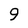
Character: 9